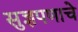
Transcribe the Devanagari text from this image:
सुज्ञपणाचे